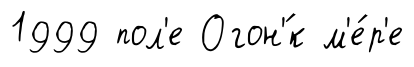
1999 пол'е Огон'́к м'е́р'е